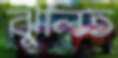
ঝুলিত